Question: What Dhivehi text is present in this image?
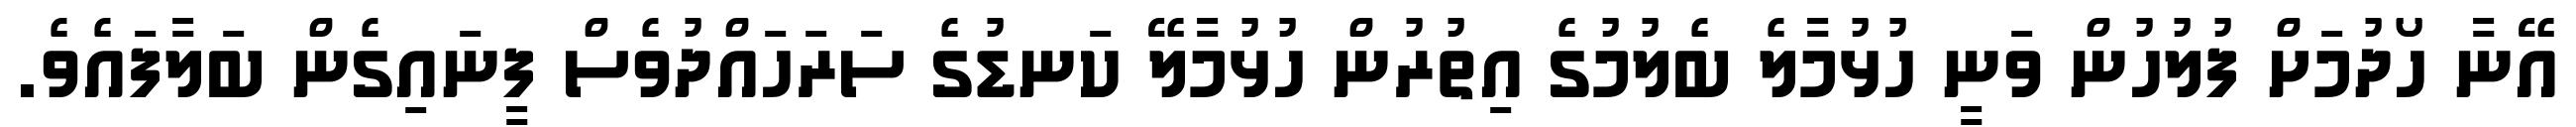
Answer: އޭނާ ހޯދުމަށް ފުލުހުން ވަނީ ހުޅުމާލެ ބެލުމުގެ އިތުރުން ހުޅުމާލޭ ކަނޑުގެ ސަރަހައްދުވެސް ފީނައިގެން ބަލާފައެވެ.